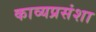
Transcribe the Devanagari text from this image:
काव्यप्रसंशा